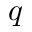
q